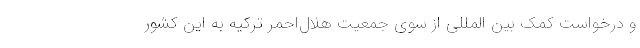
و درخواست کمک بین المللی از سوی جمعیت هلال‌احمر ترکیه به این کشور